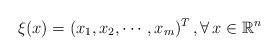
LaTeX: \begin{align*} \xi(x) = (x_1, x_2, \cdots, x_m)^T\,,\forall\, x \in \mathbb{R}^n \end{align*}